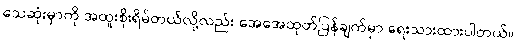
သေဆုံးမှာကို အထူးစိုးရိမ်တယ်လို့လည်း အေအေထုတ်ပြန်ချက်မှာ ရေးသားထားပါတယ်။